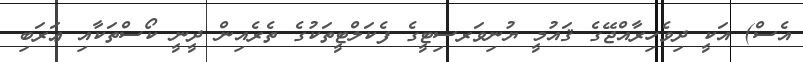
އެސް) އަކީ ދިވެހިރާއްޖޭގެ ޤައުމީ ޔުނިވަރސިޓީގެ ފެކަލްޓީތަކުގެ ތެރެއިން ދީނީ ކޯސްތަކާއި ޢަރަބި